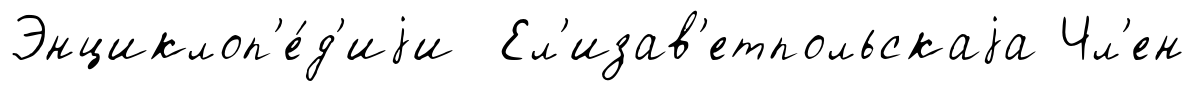
Энциклоп'е́д'иjи Ел'изав'етпольскаjа Чл'ен